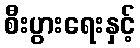
စီးပွားရေးနှင့်